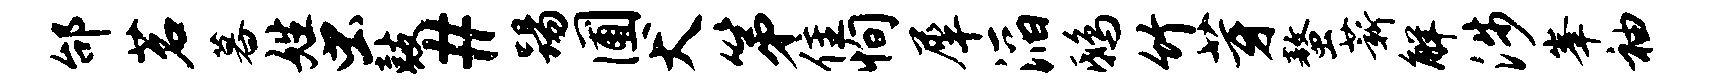
邰茗暮姓虫鼓#踢圃犬第隹恂犀滔鸱竹芽螯薪解涉峰袖